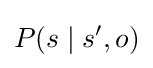
P(s\mid s',o)